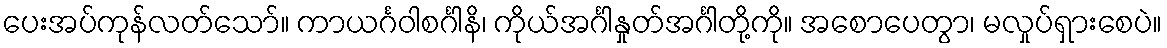
ပေးအပ်ကုန်လတ်သော်။ ကာယင်္ဂဝါစင်္ဂါနိ၊ ကိုယ်အင်္ဂါနှုတ်အင်္ဂါတို့ကို။ အစောပေတွာ၊ မလှုပ်ရှားစေပဲ။